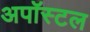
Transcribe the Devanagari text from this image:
अपॉस्टल